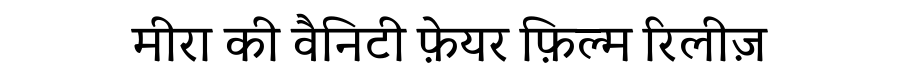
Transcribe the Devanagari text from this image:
मीरा की वैनिटी फ़ेयर फ़िल्म रिलीज़